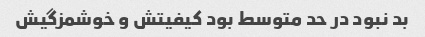
بد نبود در حد متوسط بود کیفیتش و خوشمزگیش